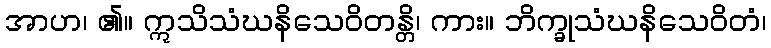
အာဟ၊ ၏။ ဣသိသံဃနိသေဝိတန္တိ၊ ကား။ ဘိက္ခုသံဃနိသေဝိတံ၊